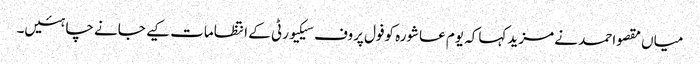
میاں مقصواحمد نے مزید کہاکہ یوم عاشورہ کوفول پروف سیکیورٹی کے انتظامات کیے جانے چاہئیں۔